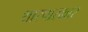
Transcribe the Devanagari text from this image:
थारपारकार